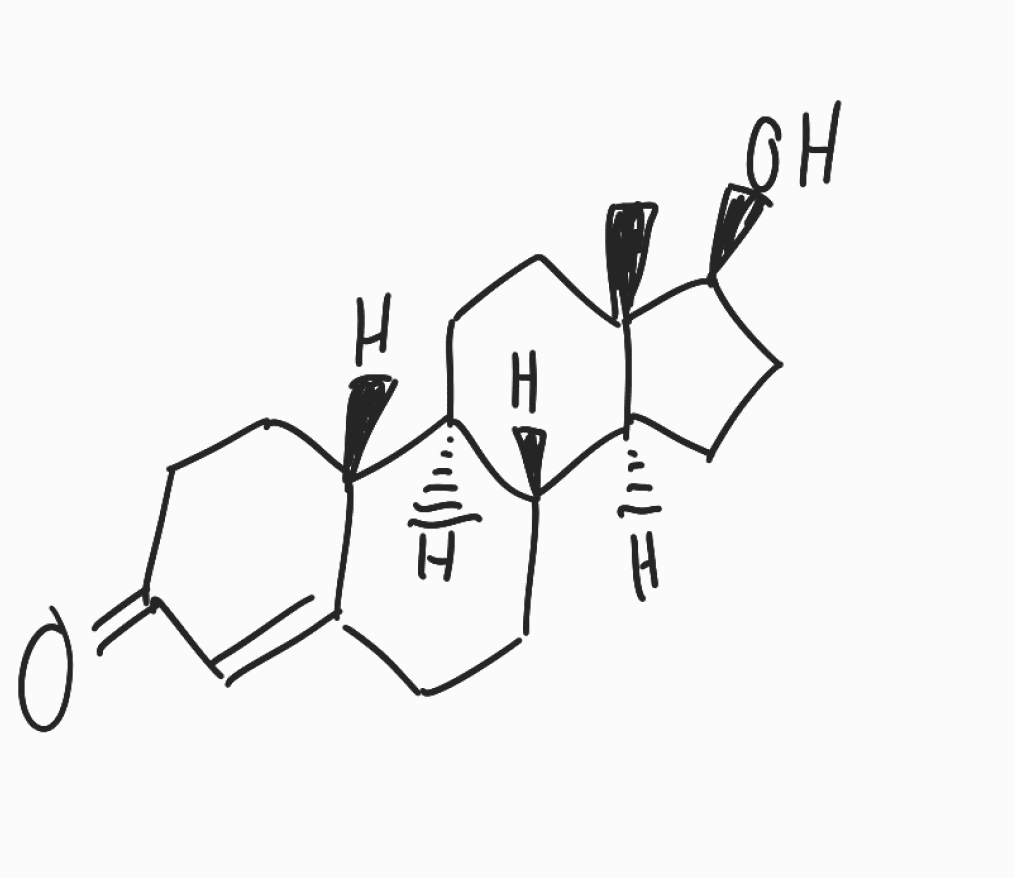
Simplified molecular-input line-entry system (SMILES) notation of the given molecule:
C[C@]12CC[C@H]3[C@H]([C@@H]1CC[C@@H]2O)CCC4=CC(=O)CC[C@H]34